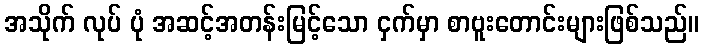
အသိုက် လုပ် ပုံ အဆင့်အတန်းမြင့်သော ငှက်မှာ စာဗူးတောင်းများဖြစ်သည်။